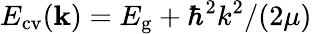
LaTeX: E_{\mathrm{cv}}({\mathbf k})=E_{\mathrm{g}}+{\hbar^{2}k^{2}}/{(2\mu)}